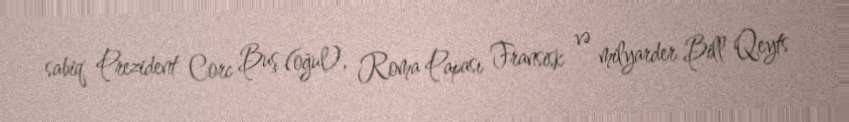
sabiq Prezident Corc Buş (oğul), Roma Papası Fransisk və milyarder Bill Qeyts